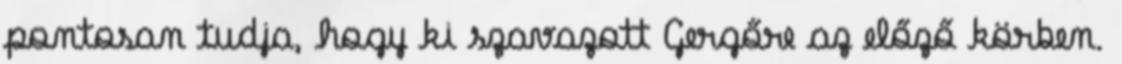
pontosan tudja, hogy ki szavazott Gergőre az előző körben.